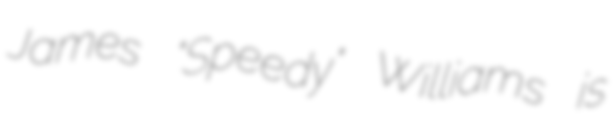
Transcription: James "Speedy" Williams is